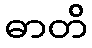
ဓာတိ